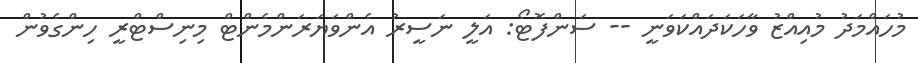
މުހައްމަދު މުއިއްޒު ވާހަކަދައްކަވަނީ -- ސަންފޮޓޯ: އަލީ ނަސީރު އެންވަޔަރަންމެންޓް މިނިސްޓްރީ ހިންގެވުން